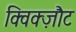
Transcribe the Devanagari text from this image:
क्विक्ज़ौट